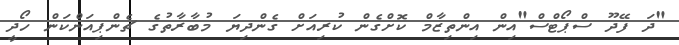
"ދަ ފޭދޫ ސްޕޯޓްސް"އިން އިންތިޒާމް ކޮށްގެން ކުރިއަށް ގެންދިޔަ މުބާރާތުގެ ޗެންޕިއަންކަން ހޯދީ